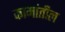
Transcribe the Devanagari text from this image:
कामांतील